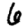
Digit: 6